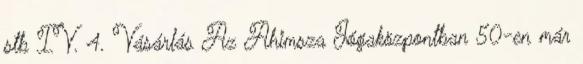
stb IV. 4. Vásárlás Az Ahimsza Jógaközpontban 50-en már